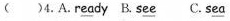
( )4.A.R \underline{ea} dy B.S \underline{ee} C.S \underline{ea}